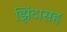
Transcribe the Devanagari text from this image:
झिंटासह